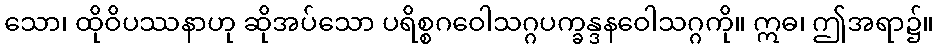
သော၊ ထိုဝိပဿနာဟု ဆိုအပ်သော ပရိစ္စဂဝေါသဂ္ဂပက္ခန္ဒနဝေါသဂ္ဂကို။ ဣဓ၊ ဤအရာ၌။